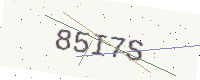
Text: 85I7S